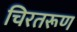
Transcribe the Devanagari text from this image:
चिरतरूण